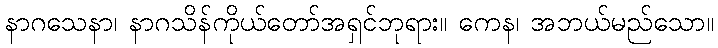
နာဂသေနာ၊ နာဂသိန်ကိုယ်တော်အရှင်ဘုရား။ ကေန၊ အဘယ်မည်သော။